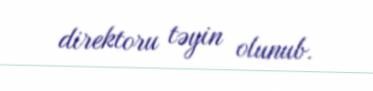
direktoru təyin olunub.